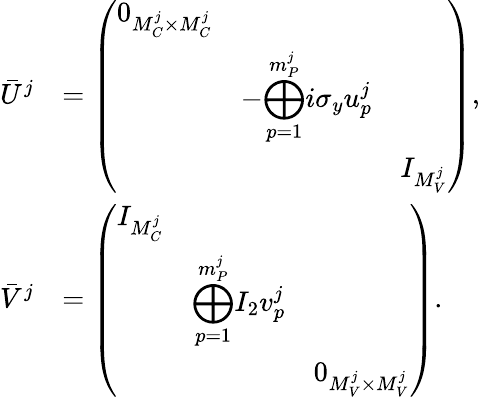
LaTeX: \begin{array}{rl}{\bar{U}^{j}}&{=\left(\begin{array}{lll}{0_{M_{C}^{j}\times M_{C}^{j}}}&&\\ &{-\displaystyle{\bigoplus_{p=1}^{m_{P}^{j}}}i\sigma_{y}u_{p}^{j}}&\\ &&{I_{M_{V}^{j}}}\end{array}\right),}\\ {\bar{V}^{j}}&{=\left(\begin{array}{lll}{I_{M_{C}^{j}}}&&\\ &{\displaystyle{\bigoplus_{p=1}^{m_{P}^{j}}}I_{2}v_{p}^{j}}&\\ &&{0_{M_{V}^{j}\times M_{V}^{j}}}\end{array}\right).}\end{array}